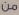
من